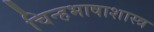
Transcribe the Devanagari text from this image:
चिन्हभाषाशास्त्र